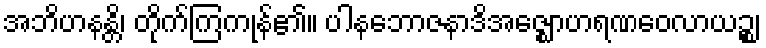
အဘိဟနန္တိ၊ တိုက်ကြကုန်၏။ ပါနဘောဇနာဒိအဇ္ဈောဟရဏဝေလာယဉ္စ၊